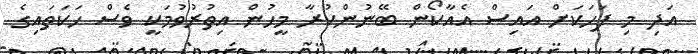
އަދި މި ފަހަކަށް އައިސް އެއާކޯން ބޭނުންކުރާ މީހުން އިތުރުވުމަކީ ވެސް ހަކަތައިގެ